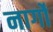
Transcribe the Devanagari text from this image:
नार्गों